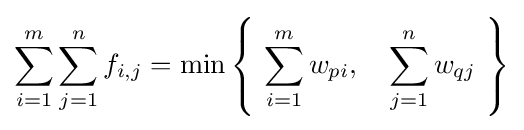
\sum _{i=1}^{m}\sum _{j=1}^{n}f_{i,j}=\min \left\{\ \sum _{i=1}^{m}w_{pi},\quad \sum _{j=1}^{n}w_{qj}\ \right\}